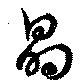
晶